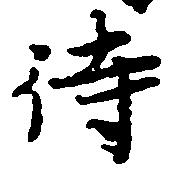
待